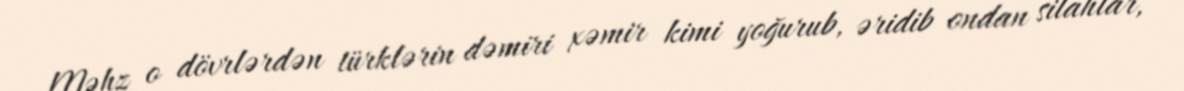
Məhz o dövrlərdən türklərin dəmiri xəmir kimi yoğurub, əridib ondan silahlar,